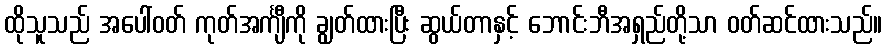
ထိုသူသည် အပေါ်ဝတ် ကုတ်အင်္ကျီကို ချွတ်ထားပြီး ဆွယ်တာနှင့် ဘောင်းဘီအရှည်တို့သာ ဝတ်ဆင်ထားသည်။